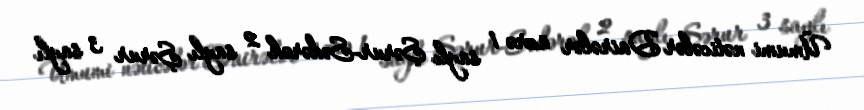
Ümumi nəticələr Dairələr üzrə 1 saylı Şərur-Sədərək 2 saylı Şərur 3 saylı